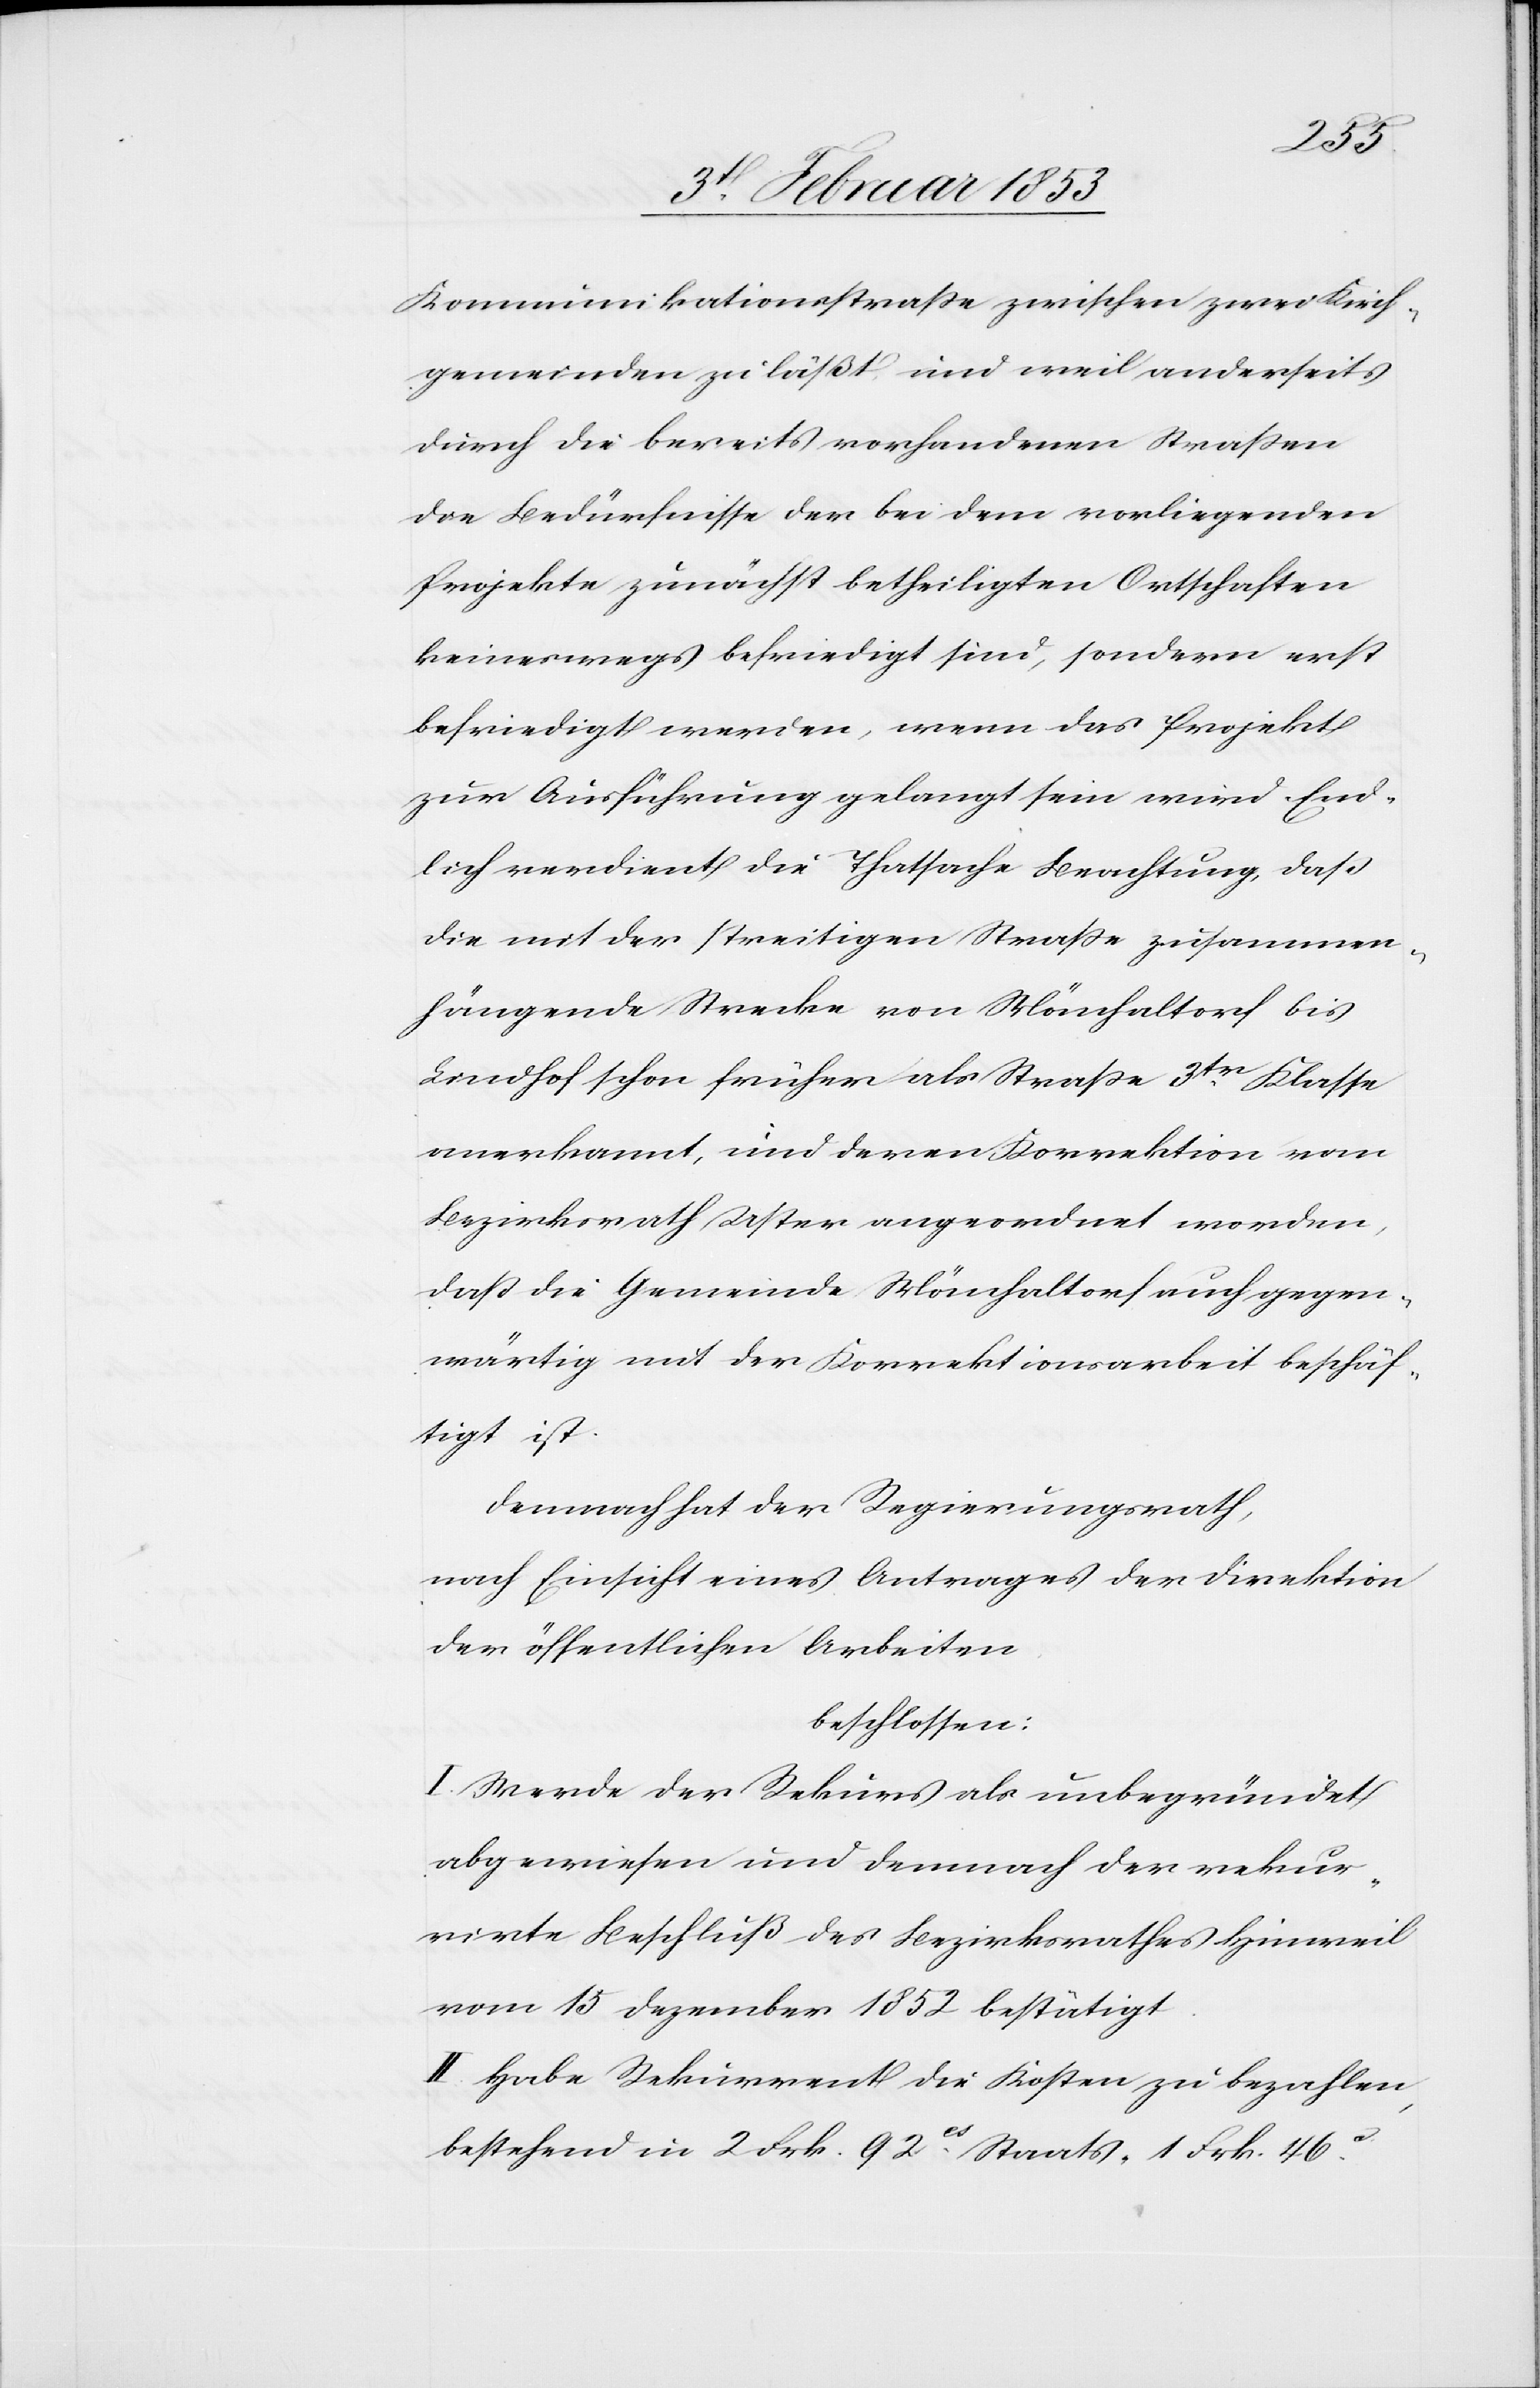
Kommunikationsstraße zwischen zwei Kirch¬
gemeinden zuläßt und weil anderseits
durch die bereits vorhandenen Straßen
die Bedürfniße der bei dem vorliegenden
Projekte zunächst betheiligten Ortschaften
keineswegs befriedigt sind, sondern erst
befriedigt werden, wenn das Projekt
zur Ausführung gelangt sein wird. End¬
lich verdient die Thatsache Beachtung, daß
die mit der streitigen Straße zusammen¬
hängende Strecke von Mönchaltorf bis
Lindhof schon früher als Straße 3tr. Klasse
anerkannt, und deren Korrektion vom
Bezirksrath Uster angeordnet worden,
daß die Gemeinde Mönchaltorf auch gegen¬
wärtig mit der Korrektionsarbeit beschäf¬
tigt ist.
Demnach hat der Regierungsrath,
nach Einsicht eines Antrages der Direktion
der öffentlichen Arbeiten.
beschlossen:
I. Werde der Rekurs als unbegründet
abgewiesen und demnach der rekur¬
rirte Beschluß des Bezirksrathes Hinweil
vom 15 Dezember 1852 bestätigt.
II. Habe Rekurrent die Kosten zu bezahlen
bestehend in 2 Frk. 92 cs Staats- 1 Frk. 46